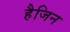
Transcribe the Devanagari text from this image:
हैजिन